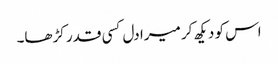
اس کو دیکھ کر میرا دل کسی قدر کڑھا۔